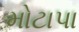
મોટાપા